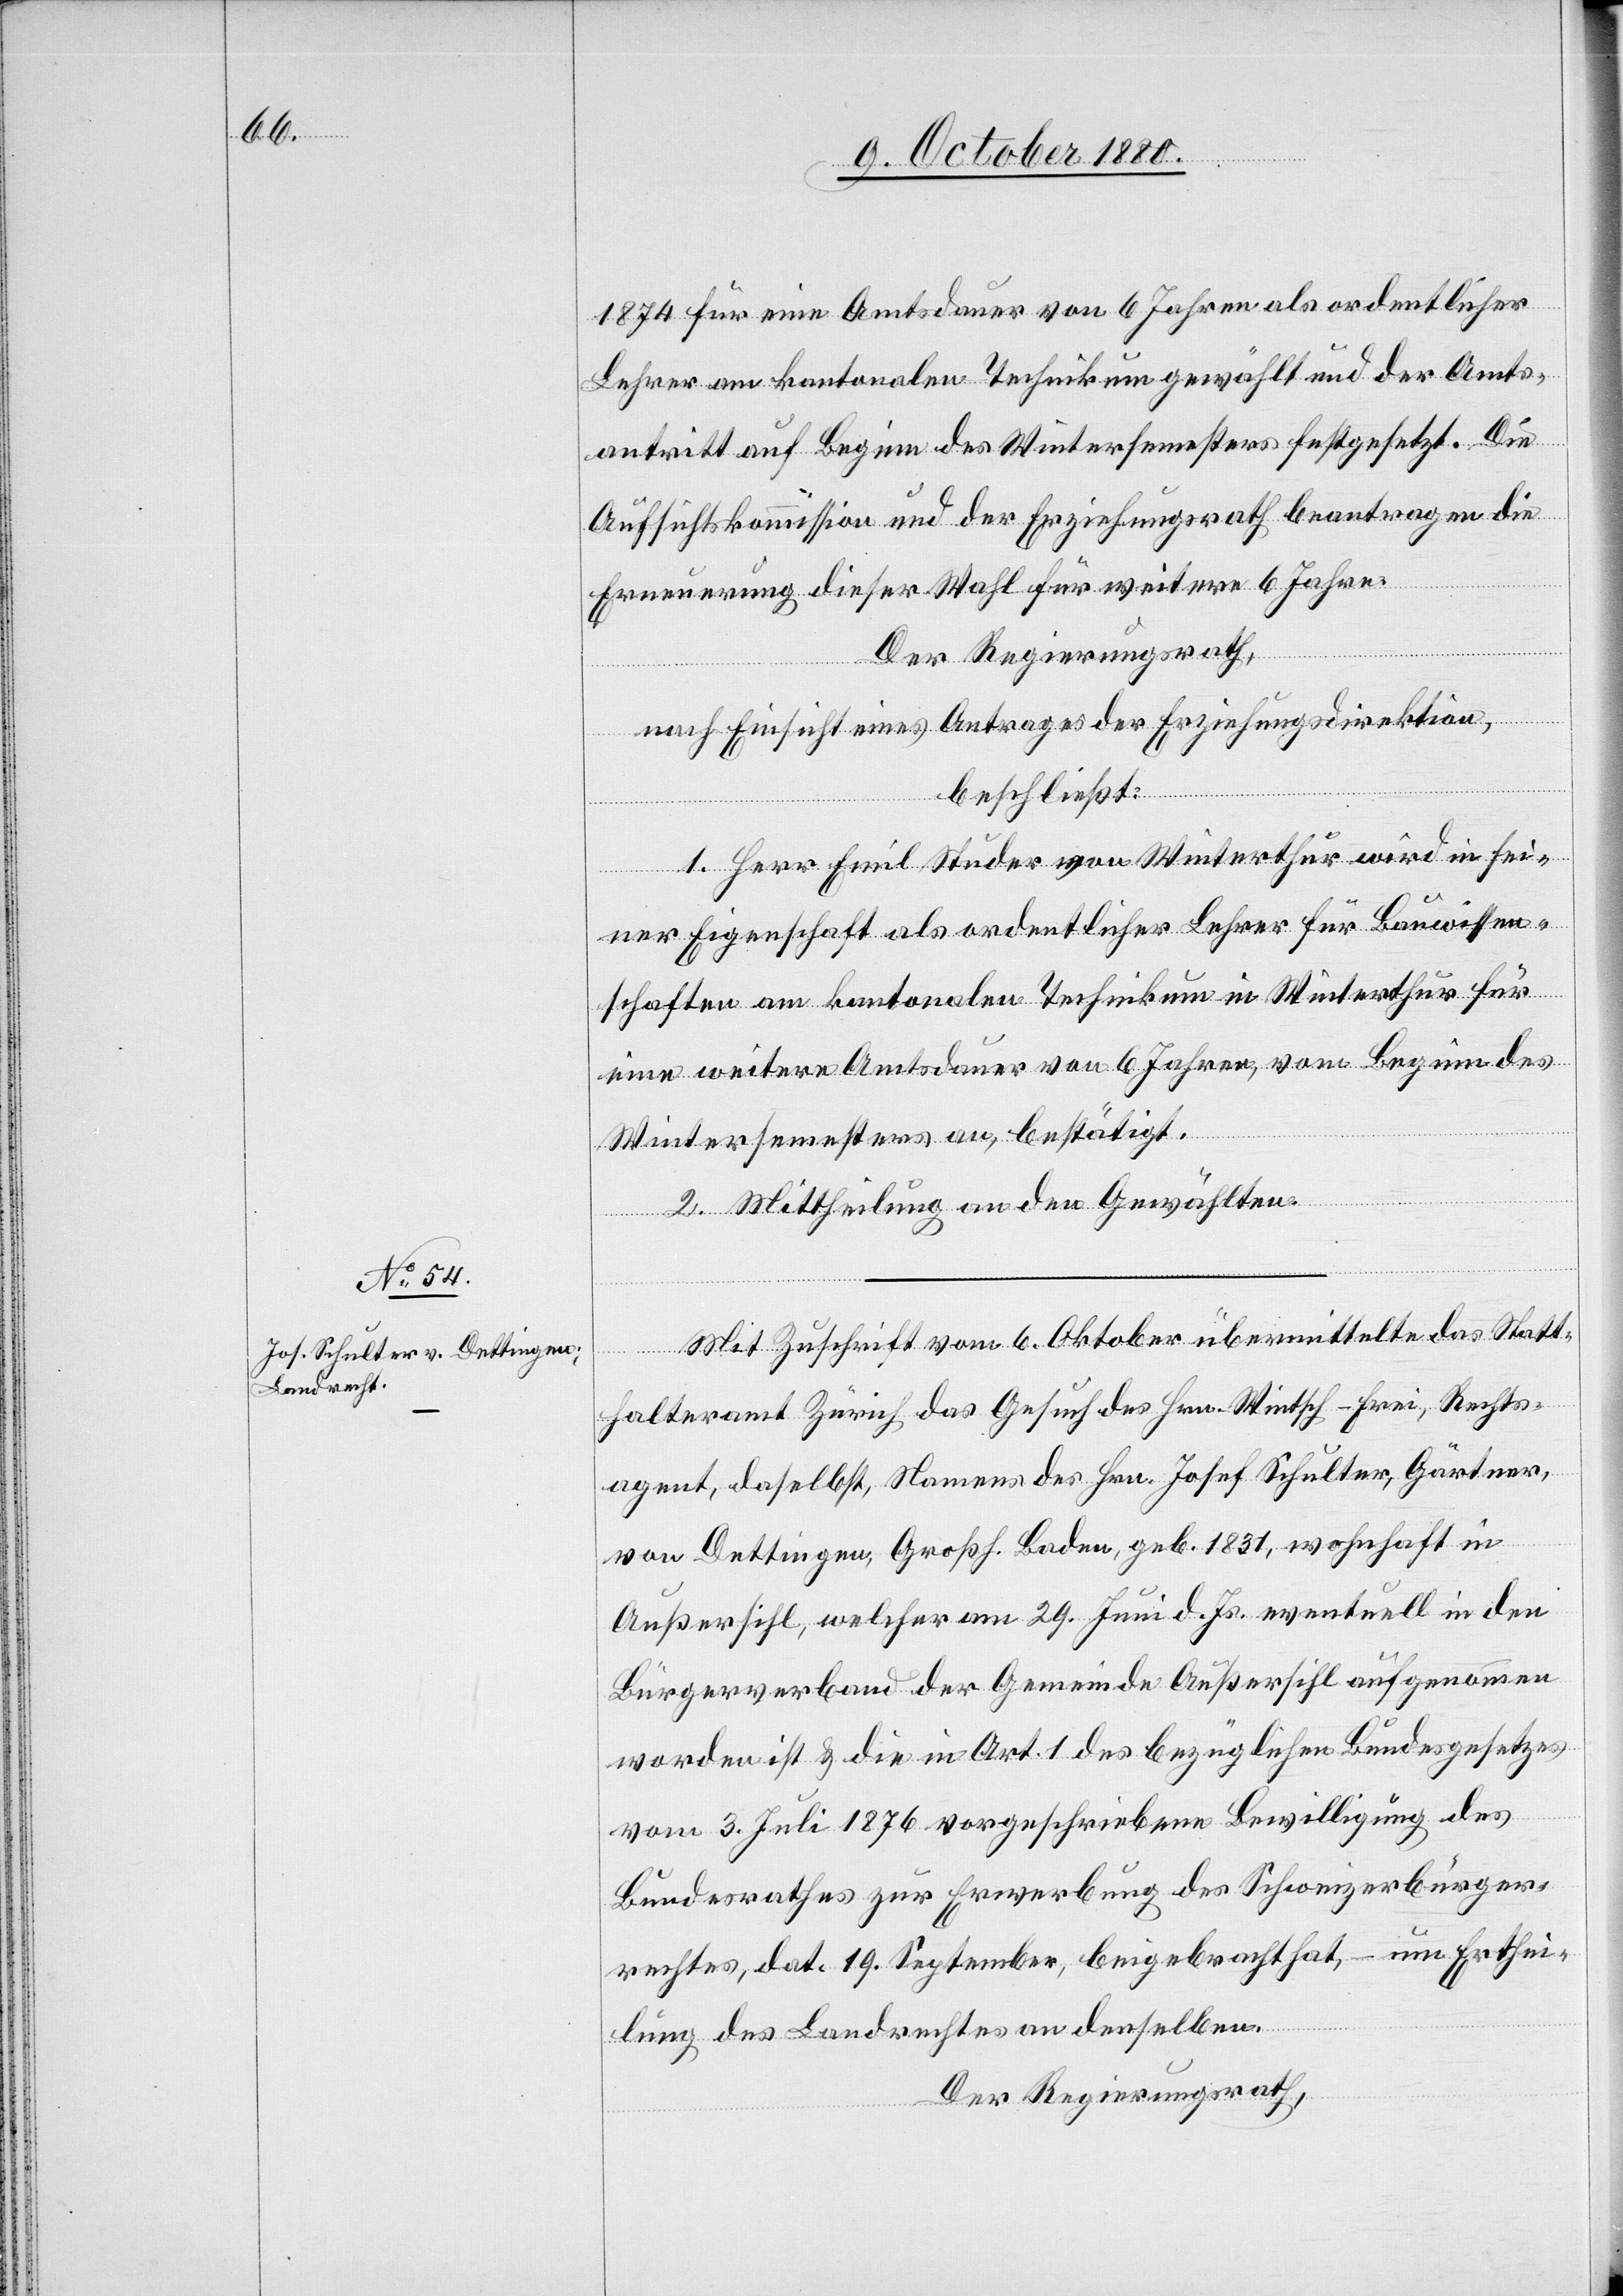
1874 für eine Amtsdauer von 6 Jahren als ordentlicher
Lehrer am kantonalen Technikum gewählt und der Amts¬
antritt auf Beginn des Wintersemesters festgesetzt. Die
Aufsichtskommission und der Erziehungsrath beantragen die
Erneuerung dieser Wahl für weitere 6 Jahre.
Der Regierungsrath,
nach Einsicht eines Antrages der Erziehungsdirektion,
beschließt:
1. Herr Emil Studer von Winterthur wird in sei¬
ner Eigenschaft als ordentlicher Lehrer für Bauwissen¬
schaften am kantonalen Technikum in Winterthur für
eine weitere Amtsdauer von 6 Jahren, vom Beginn des
Wintersemesters an, bestätigt.
2. Mittheilung an den Gewählten.
Mit Zuschrift vom 6. Oktober übermittelte das Statt¬
halteramt Zürich das Gesuch des Hrn. Wintsch-Frei, Rechts¬
agent, daselbst, Namens des Hrn. Josef Schulter, Gärtner,
von Dettingen, Großh. Baden, geb. 1831, wohnhaft in
Außersihl, welcher am 29. Juni d. Js. eventuell in den
Bürgerverband der Gemeinde Außersihl aufgenommen
worden ist & die in Art. 1 des bezüglichen Bundesgesetzes
vom 3. Juli 1876 vorgeschriebene Bewilligung des
Bundesrathes zur Erwerbung des Schweizerbürger¬
rechtes, dat. 19. September, beigebracht hat, – um Erthei¬
lung des Landrechtes an denselben.
Der Regierungsrath,